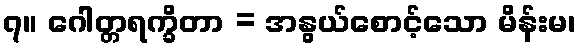
၇။ ဂေါတ္တရက္ခိတာ = အနွယ်စောင့်သော မိန်းမ၊